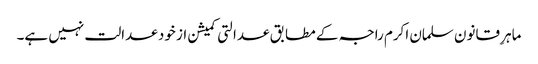
ماہرِ قانون سلمان اکرم راجہ کے مطابق عدالتی کمیشن از خود عدالت نہیں ہے۔